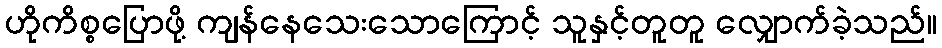
ဟိုကိစ္စပြောဖို့ ကျန်နေသေးသောကြောင့် သူနှင့်တူတူ လျှောက်ခဲ့သည်။